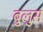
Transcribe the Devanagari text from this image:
बुलुस